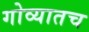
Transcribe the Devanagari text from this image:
गोव्यातच